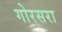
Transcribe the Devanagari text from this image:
गोरसरा